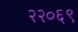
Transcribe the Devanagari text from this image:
२२०६९